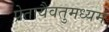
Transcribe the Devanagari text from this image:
प्रेतायैवतुमध्यमं